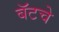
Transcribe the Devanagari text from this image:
बॅटचे